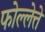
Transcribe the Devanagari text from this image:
फोल्लेत्ते